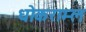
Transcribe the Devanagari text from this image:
धोकराम्ल